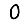
Digit: 0